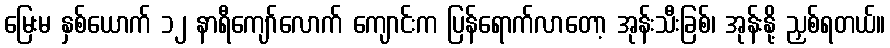
မြေးမ နှစ်ယောက် ၁၂ နာရီကျော်လောက် ကျောင်းက ပြန်ရောက်လာတော့ အုန်းသီးခြစ်၊ အုန်းနို့ ညှစ်ရတယ်။